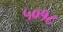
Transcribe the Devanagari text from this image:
५०१८